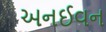
અનઈવન